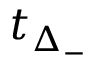
t _ { \Delta _ { - } }